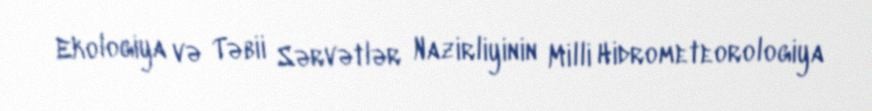
Ekologiya və Təbii Sərvətlər Nazirliyinin Milli Hidrometeorologiya